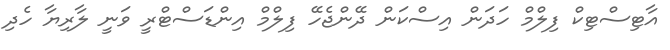
އާޓިސްޓިކް ފިލްމް ހަދަން އިސްކަން ދޭންޖެހޭ ފިލްމް އިންޑަސްޓްރީ ވަނީ ލާރިޔާ ހެދި